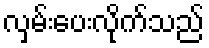
လှမ်းပေးလိုက်သည်